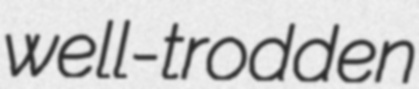
well-trodden